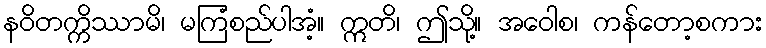
နဝိတက္ကိဿာမိ၊ မကြံစည်ပါအံ့။ ဣတိ၊ ဤသို့။ အဝေါစ၊ ကန်တော့စကား